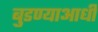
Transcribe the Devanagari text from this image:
बुडण्याआधी